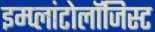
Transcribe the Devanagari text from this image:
इम्प्लांटोलॉजिस्ट